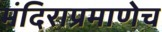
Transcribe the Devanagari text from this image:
मंदिराप्रमाणेच